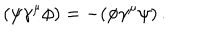
LaTeX: ( \psi \gamma ^ { \mu } \phi ) = - ( \phi \gamma ^ { \mu } \psi ) \, .